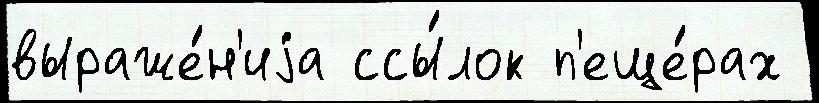
выраже́н'иjа ссы́лок п'еще́рах